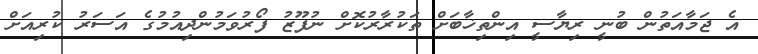
އެ ޖަމާއަތުން ބުނީ ރިޔާސީ އިންތިޚާބަށް ތަކުރާރުކޮށް ނުފޫޒު ފޯރުވަމުންދިއުމުގެ އަސަރު ކުރިއަށް